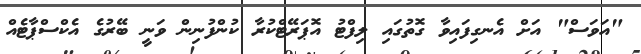
"އަވަސް" އަށް އެނގިފައިވާ ގޮތުގައި ލިފްޓު އޮޕަރޭޓްކުރާ ކުންފުނިން ވަނީ ބޭރުގެ އެކްސްޕާޓެއް